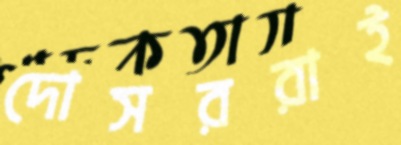
দোসররাই